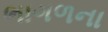
ભાગળના